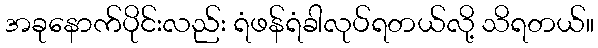
အခုနောက်ပိုင်းလည်း ရံဖန်ရံခါလုပ်ရတယ်လို့ သိရတယ်။